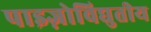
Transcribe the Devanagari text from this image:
पाइज़ोविद्युतीय